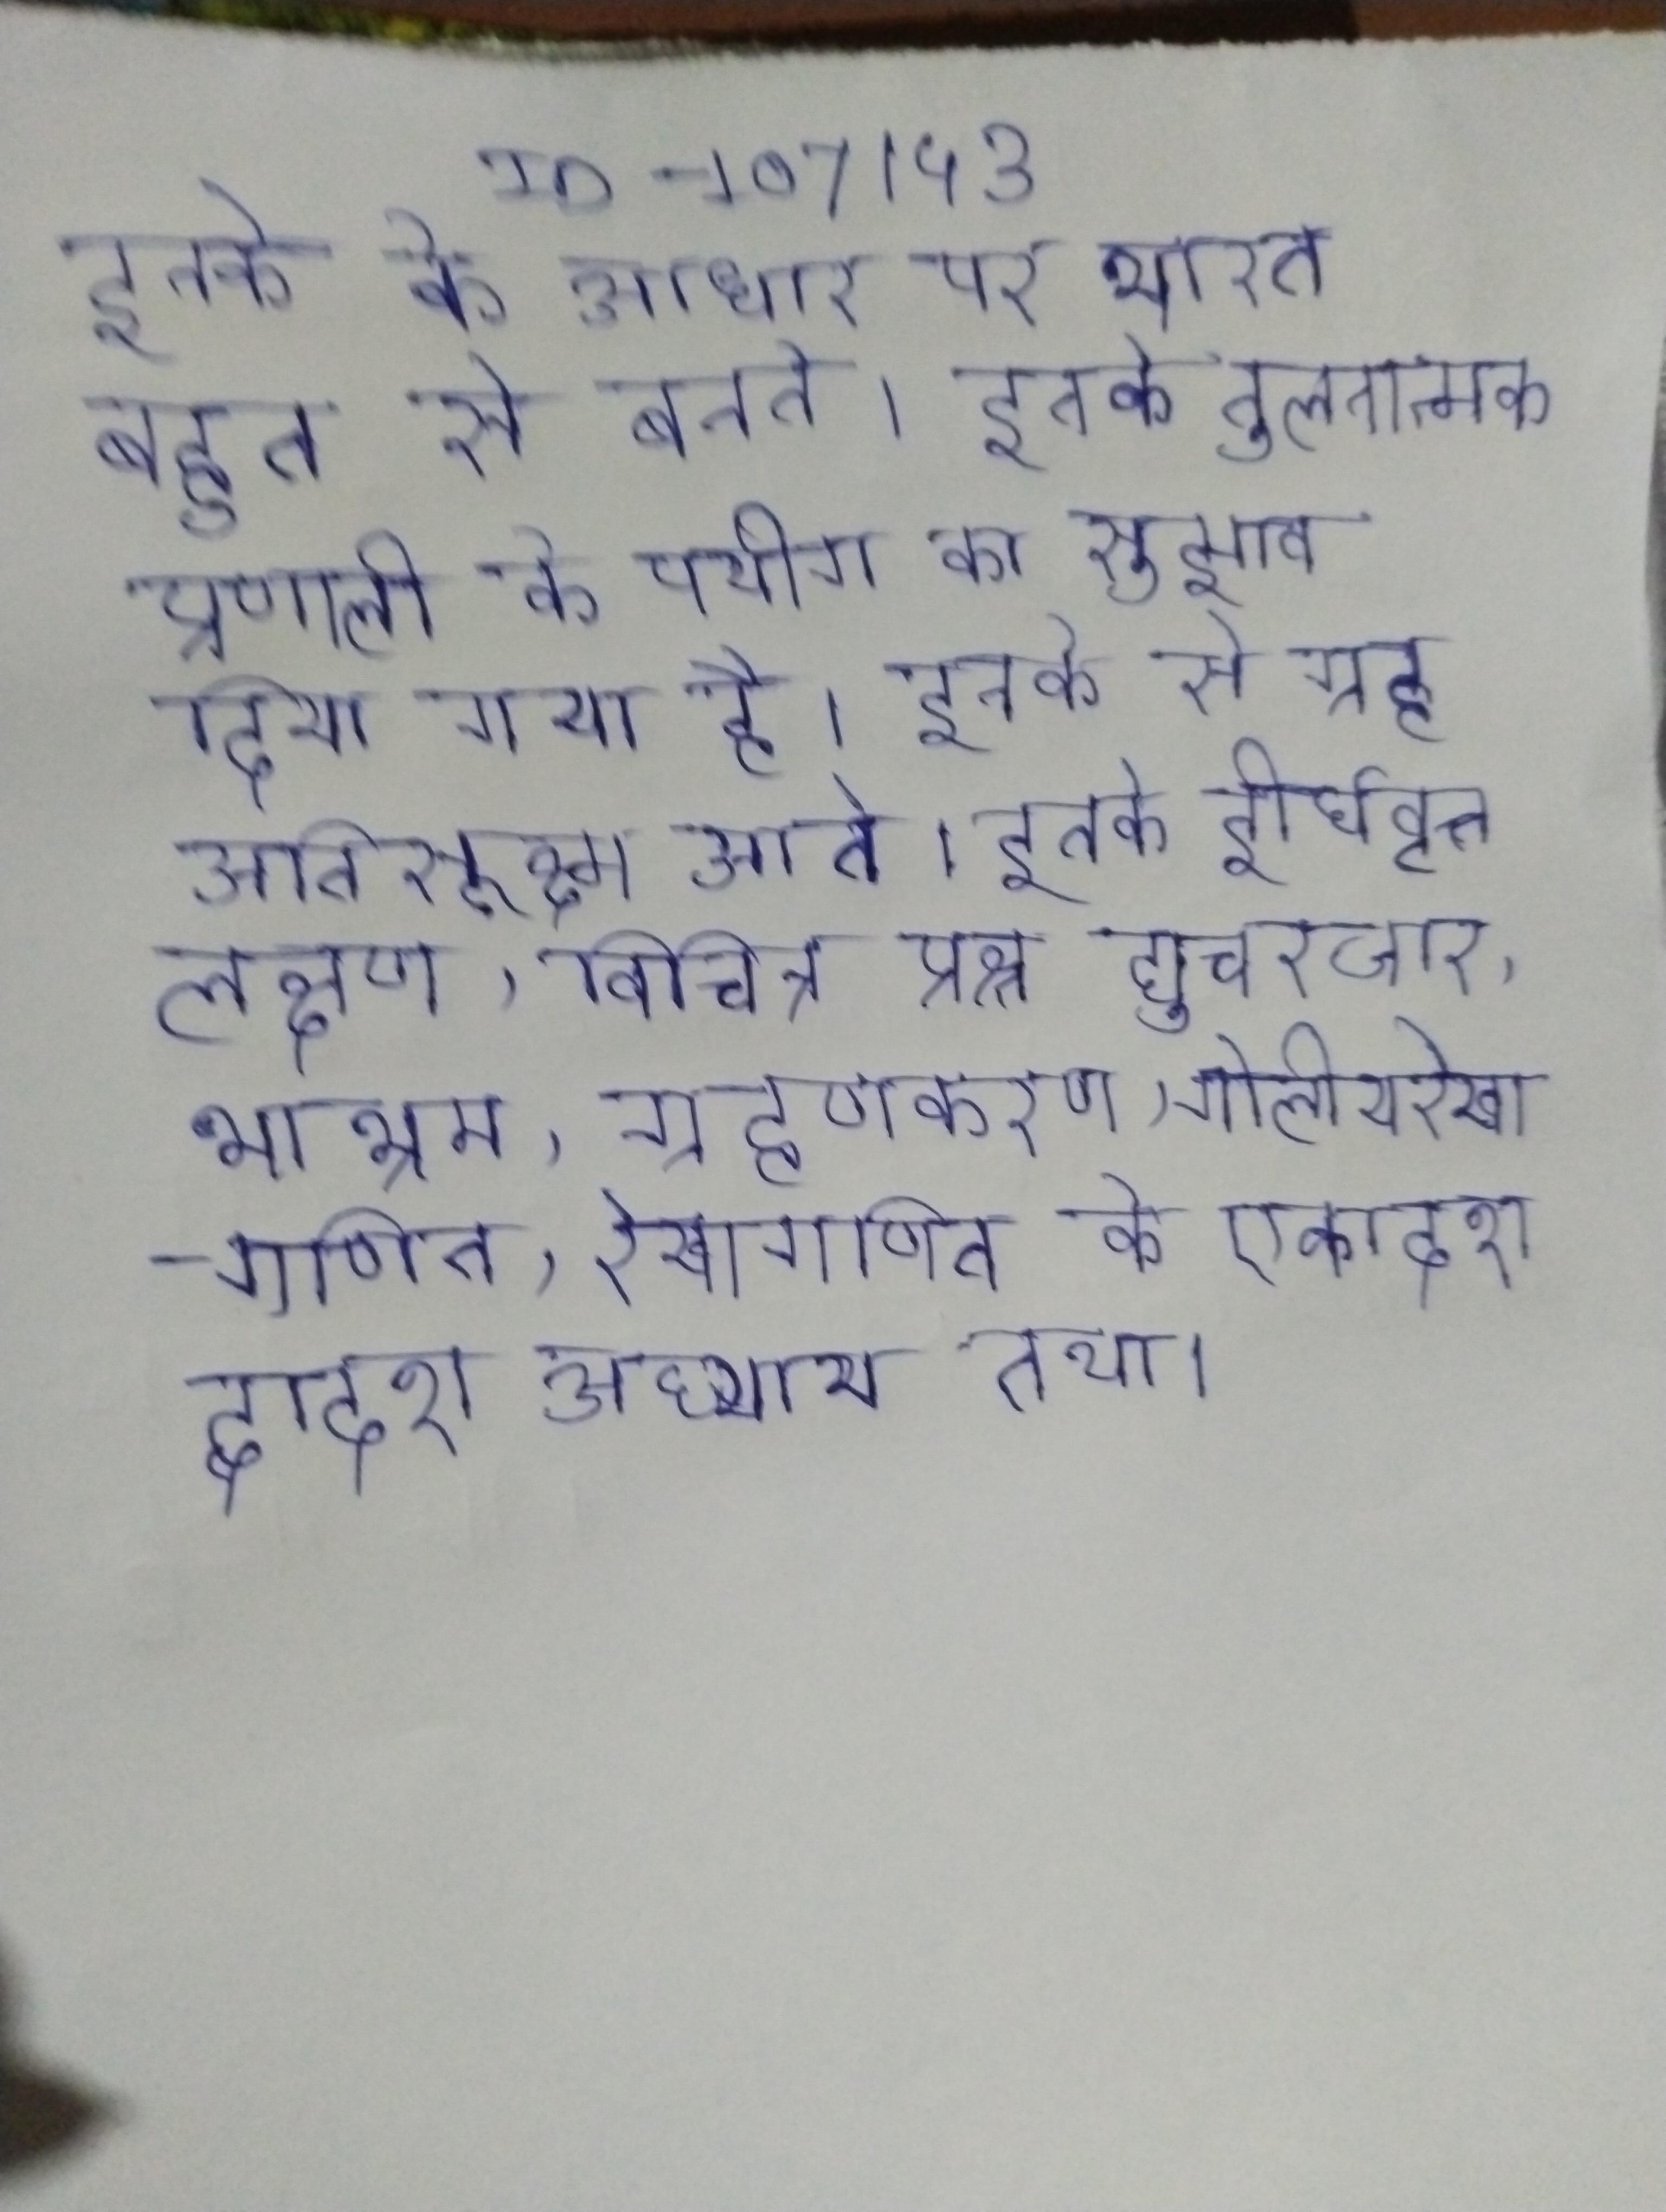
इनके के आधार पर भारत बहुत से बनते । इनके तुलनात्मक प्रणाली के पयोग का सुझाव दिया गया है । इनके से ग्रह अतिसूक्ष्म आते । इनके दीर्घवृत्तलक्षण, विचित्र प्रश्न द्युचरचार, भाभ्रम रेखानिरूपण, धराभ्रम, ग्रहणकरण, गोलीयरेखागणित, रेखागणित के एकादश द्वादश अध्याय तथा ।